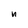
Character: n